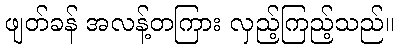
ဖျတ်ခန် အလန့်တကြား လှည့်ကြည့်သည်။